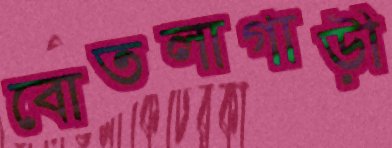
বোতলাগাড়ী